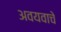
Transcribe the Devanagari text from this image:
अवयवाचे